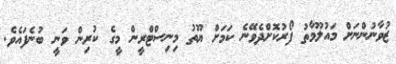
ޒުވާނުންނަށް މައުލޫމާތު ފޯރުކޮށްދެވޭނެ ކަމަށް ޔޫތު މިނިސްޓްރީން މީގެ ކުރިން ވަނީ ބުނެފައެވެ.